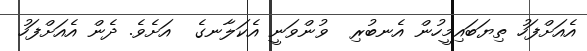
އެއަށްފަހު ތިޔަބައިމީހުން އެނބުރި  ވުންވަނީ އެކަލާނގެ  އަށެވެ. ދެން އެއަށްފަހު